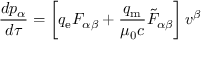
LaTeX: { \frac { d p _ { \alpha } } { d \tau } } = \left[ q _ { \mathrm { e } } F _ { \alpha \beta } + { \frac { q _ { \mathrm { m } } } { \mu _ { 0 } c } } { { \tilde { F } } _ { \alpha \beta } } \right] v ^ { \beta }